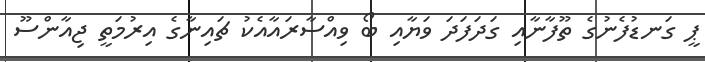
ޕީ ގަނޑުފެނުގެ ތޫފާނާއި ގަދަފަދަ ވަޔާއި ބޯ ވިއްސާރައާއެކު ޗައިނާގެ އިރުމަތީ ޖިއާންސޫ